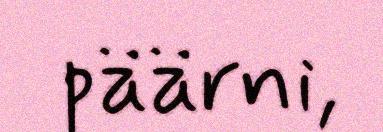
päärni,